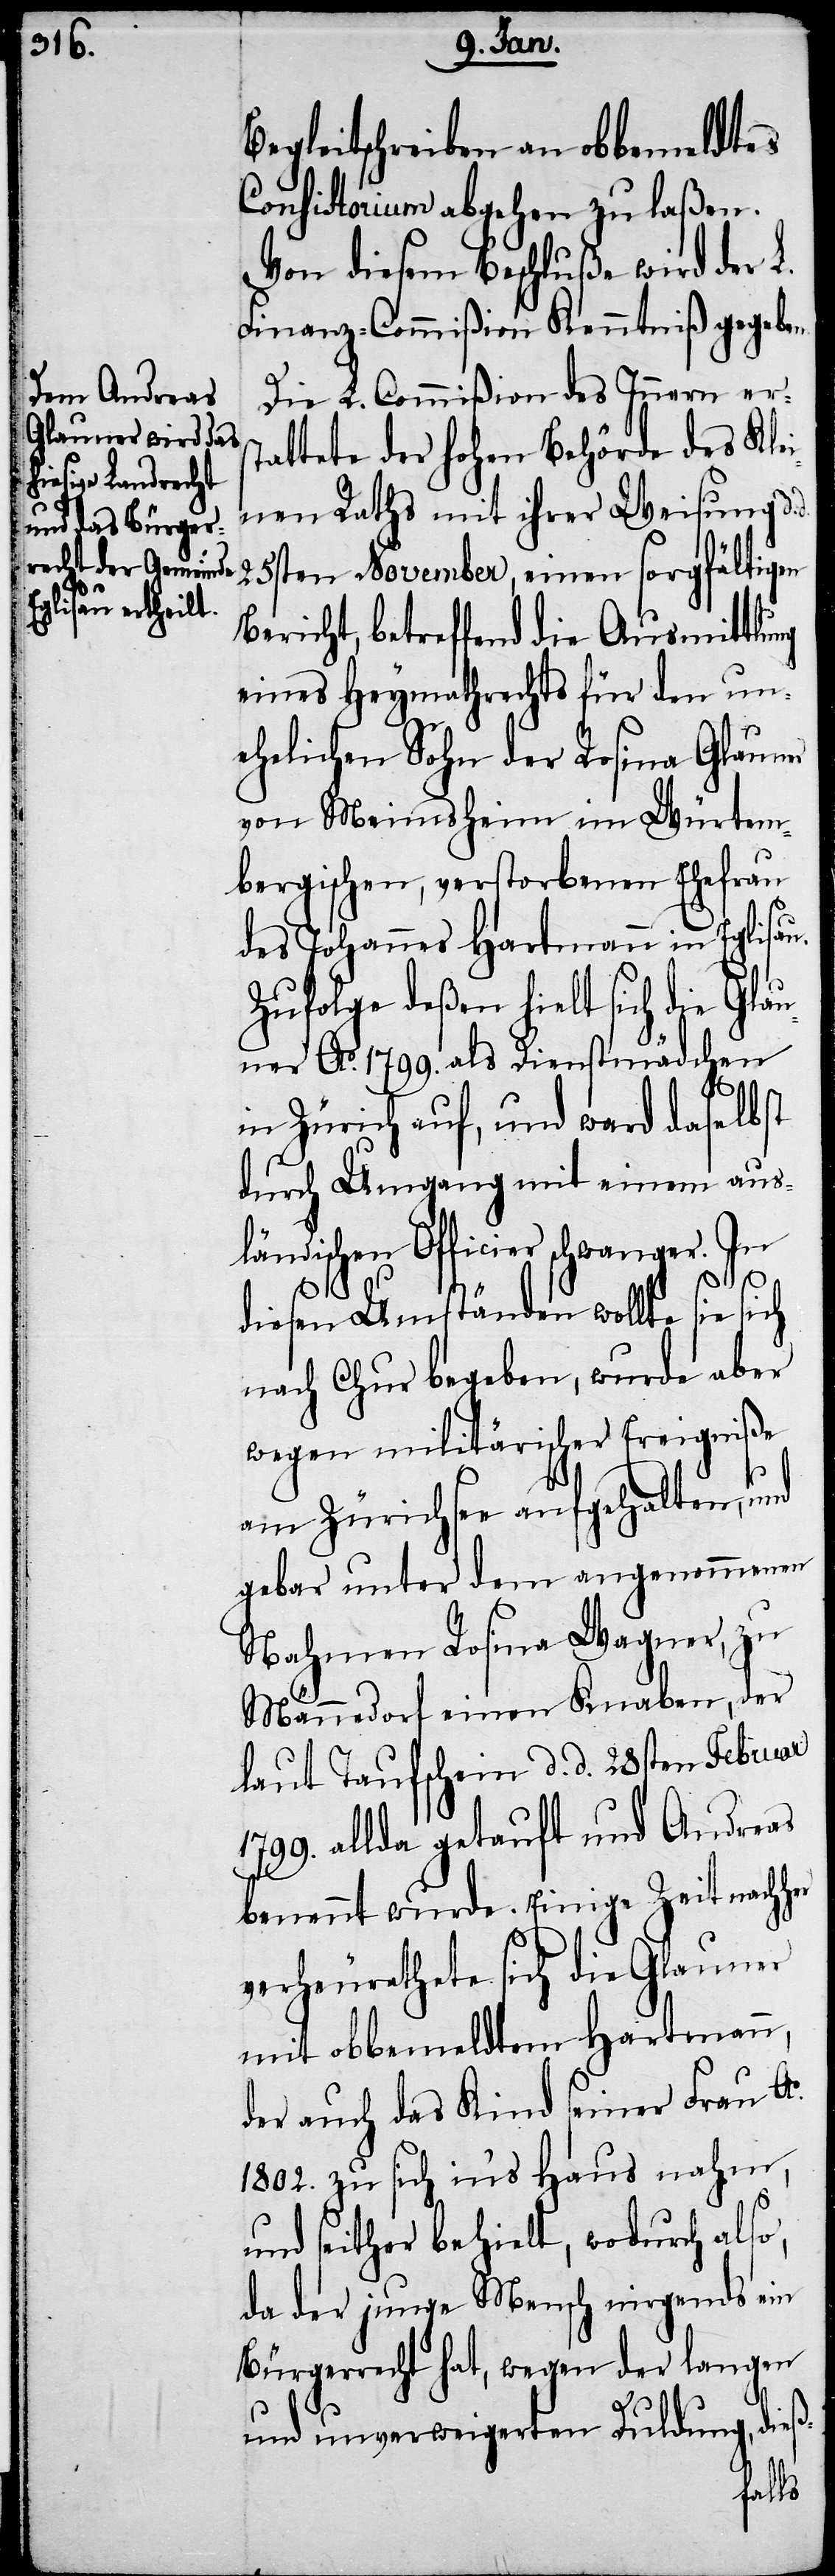
Begleitschreiben an obbemeldtes
Consistorium abgehen zu laßen.
Von diesem Beschluße wird der L.
Finanz-Commißion Kenntniß gegebe¬
Die L. Commißion des Innern ers¬
tattete der hohen Behörde des Kle¬
inen Raths mit ihrer Weisung d.
25sten November, einen sorgfältigen
Bericht, betreffend die Ausmittlung
eines Heymathrechts für den un¬
ehelichen Sohn der Rosina Glauner
von Meinesheim im Würtem¬
bergischen, verstorbenen Ehefrau
des Johannes Hartmann in Eglisau.
Zufolge deßen hielt sich die Glau¬
ner Ao. 1799. als Dienstmädchen
in Zürich auf, und ward daselbst
durch Umgang mit einem aus¬
ländischen Officier schwanger. In
her
diesen Umständen wollte sie sich
nach Chur begeben, wurde aber
wegen militärischer Ereigniße
am Zürichsee aufgehalten, und
gebar unter dem angenommenen
Nahmen Rosina Wagner, zu
Männedorf einen Knaben, der
laut Taufschein d. d. 28sten Februar
1799. allda getauft und Andreas
benannt wurde. Einige Zeit nach¬
verheurathete sich die Glauner
mit obbemeldtem Hartmann,
der auch das Kind seiner Frau Ao.
1802. zu sich in’s Haus nahm,
und seither behielt, wodurch also,
da der junge Mensch nirgends ein
Bürgerrecht hat, wegen der langen
und unverweigerten Duldung, dieß-